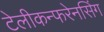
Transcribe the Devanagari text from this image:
टेलीकन्फरेनसिंग